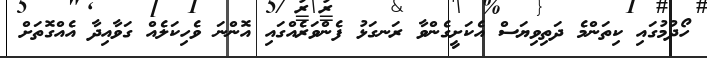
ހޯދުމުގައި ކިތަންމެ ދަތިވިޔަސް އެކަށީގެންވާ ރަނގަޅު ފެންވަރެއްގައި އޮންނަ ވެހިކަލެއް ގަވާއިދާ އެއްގޮތަށް